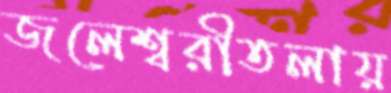
জলেশ্বরীতলায়